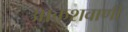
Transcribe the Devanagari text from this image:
आकशवाणी